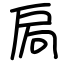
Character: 扄